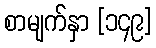
စာမျက်နှာ [၁၄၉]